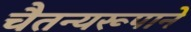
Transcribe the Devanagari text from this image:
चैतन्यरूपाने